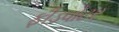
ફીડવોટર